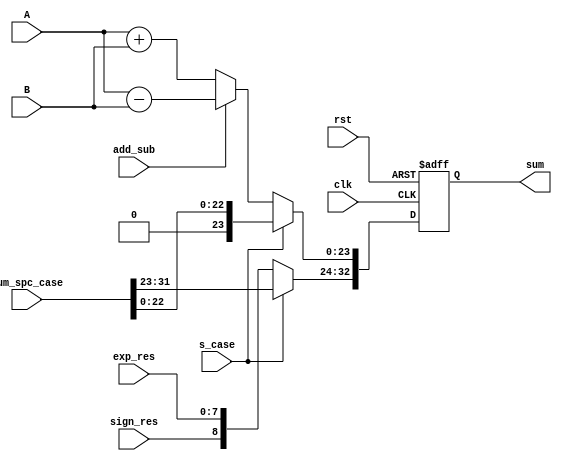
// adder.v
module adder #(parameter E_WIDTH=8, M_WIDTH=23) (clk, rst, add_sub, A, B, sign_res, exp_res, sum_spc_case, s_case, sum);   

    // Control Signal
    input clk;
    input rst;

    // Input-Output Signal
    input add_sub;
    input [M_WIDTH-1:0] A;
    input [M_WIDTH-1:0] B;
    input sign_res;
    input [E_WIDTH-1:0] exp_res;
    input [E_WIDTH+M_WIDTH:0] sum_spc_case;
    input s_case;
    output reg [E_WIDTH+M_WIDTH+1:0] sum;
    
    always @(posedge clk or negedge rst) begin
      
        if (rst == 1'b0) begin
            sum <= 0;
        end
        else if (s_case == 1'b1) begin
            sum <= {sum_spc_case[E_WIDTH+M_WIDTH:M_WIDTH],1'b0,sum_spc_case[M_WIDTH-1:0]};
        end
        else begin
          if (add_sub == 1'b0) begin
                sum[E_WIDTH+M_WIDTH+1:M_WIDTH+1] <= {sign_res,exp_res};
                sum[M_WIDTH:0] <= A + B;
            end
            else begin
                sum[E_WIDTH+M_WIDTH+1:M_WIDTH+1] <= {sign_res,exp_res};
                sum[M_WIDTH:0] <= A - B;
            end 
        end

    end
    
endmodule